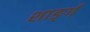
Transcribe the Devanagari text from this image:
शार्ङ्‍ग